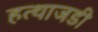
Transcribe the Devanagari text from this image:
हत्थाजडी